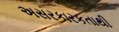
અસરકારકતાથી